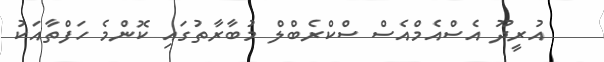
އުރީދޫ އެސްއެމްއެސް ސްކްރެބްލް މުބާރާތުގައި ކޮންމެ ހަފްތާއަކު